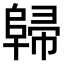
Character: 𨺔